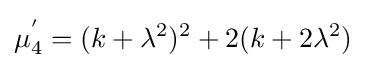
\mu _{4}^{'}=(k+\lambda ^{2})^{2}+2(k+2\lambda ^{2})